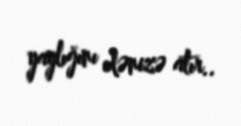
yaylığını dənizə atır..